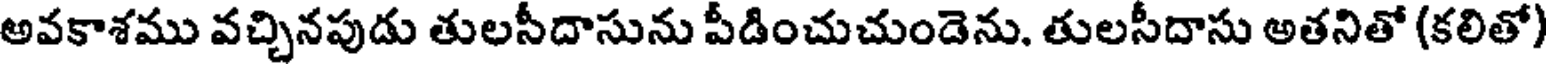
అవకాశము వచ్చినపుడు తులసీదాసును పీడించుచుండెను. తులసీదాసు అతనితో (కలితో)